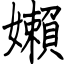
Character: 嬾